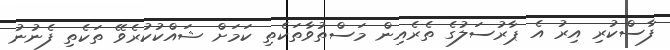
ފާސްކުރި އިރު އެ ޕާރުސަލުގެ ތެރެއިން މަސްތުވާތަކެތި ކަމަށް ޝައްކުކުރެވޭ ތަކެތި ފެނުނު